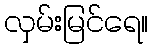
လှမ်းမြင်ရေ။